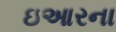
ઇઆરના